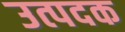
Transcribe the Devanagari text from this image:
उत्पदक